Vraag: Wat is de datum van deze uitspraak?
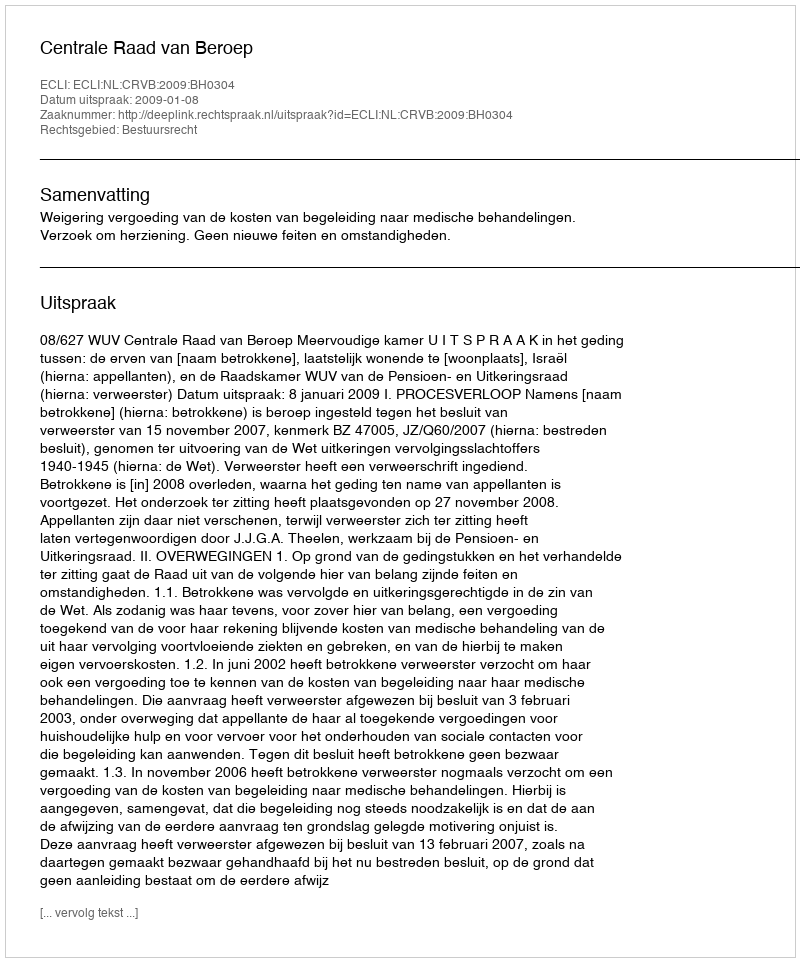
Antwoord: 2009-01-08